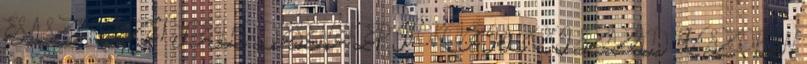
ÉS A SZERVEZET FEJLŐDÉSÉNEK ÉPÍTŐKÖVEI A XXI. SZÁZAD KÜSZÖBÉN